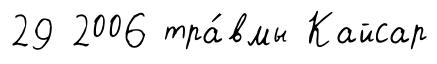
29 2006 тра́вмы Кайсар